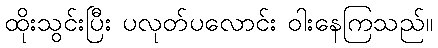
ထိုးသွင်းပြီး ပလုတ်ပလောင်း ဝါးနေကြသည်။